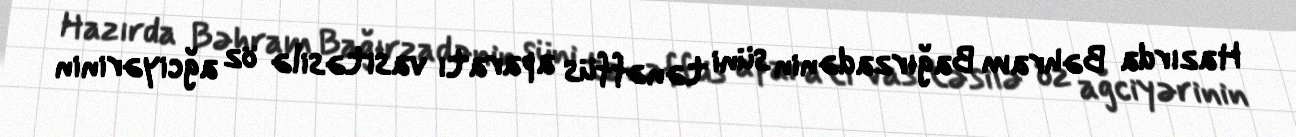
Hazırda Bəhram Bağırzadənin süni tənəffüs aparatı vasitəsilə öz ağciyərinin